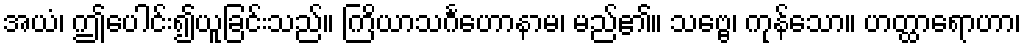
အယံ၊ ဤပေါင်း၍ယူခြင်းသည်။ ကြိယာသင်္ဂဟောနာမ၊ မည်၏။ သဗ္ဗေ၊ ကုန်သော။ ဟတ္ထာရောဟာ၊